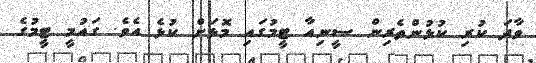
ވާދަ ކުރި ކުޅުންތެރިން ސީނިއާ ޓީމުގައި މޮޅަށް ކުޅެ އެވެ. ގައުމީ ޓީމުގެ